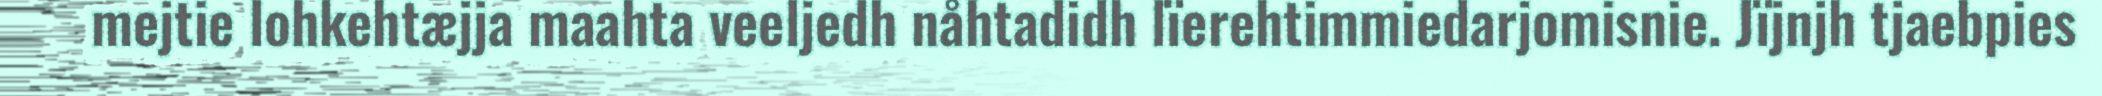
mejtie lohkehtæjja maahta veeljedh nåhtadidh lïerehtimmiedarjomisnie. Jïjnjh tjaebpies